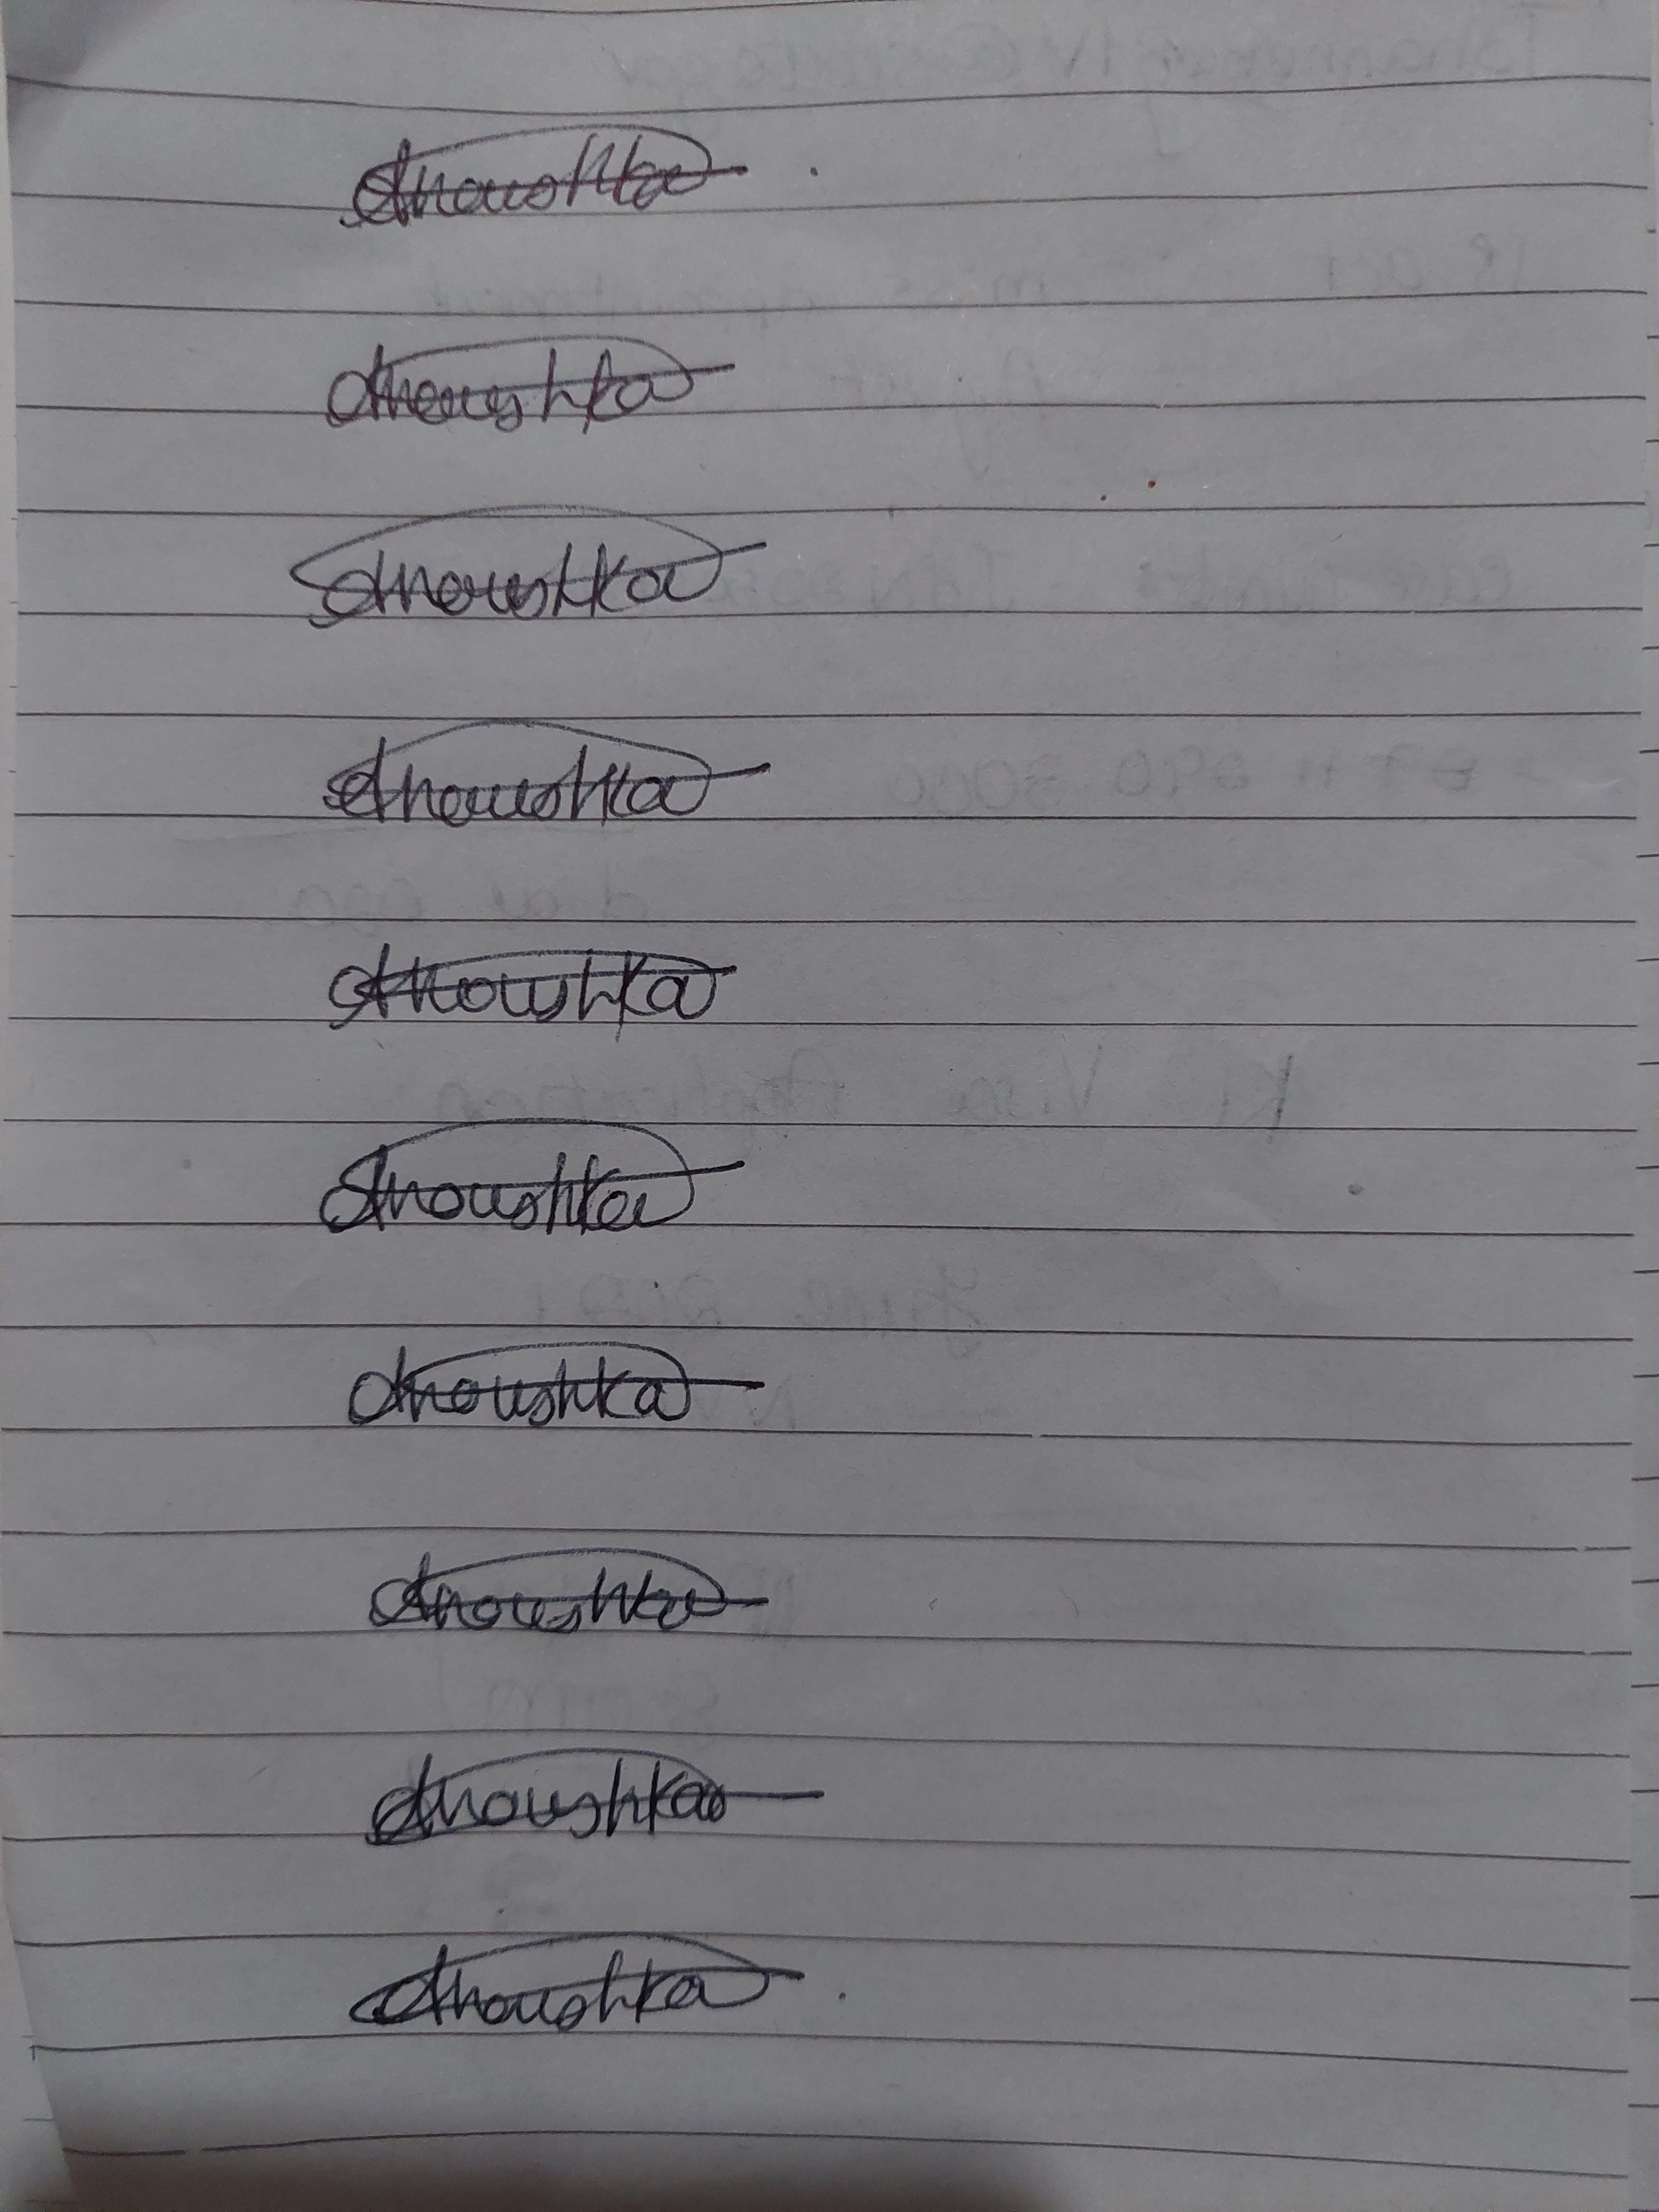
Signature authenticity: genuine